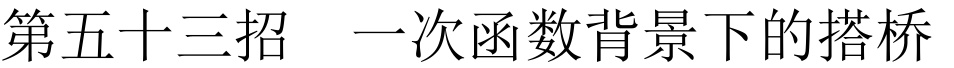
第五十三招  一次函数背景下的搭桥